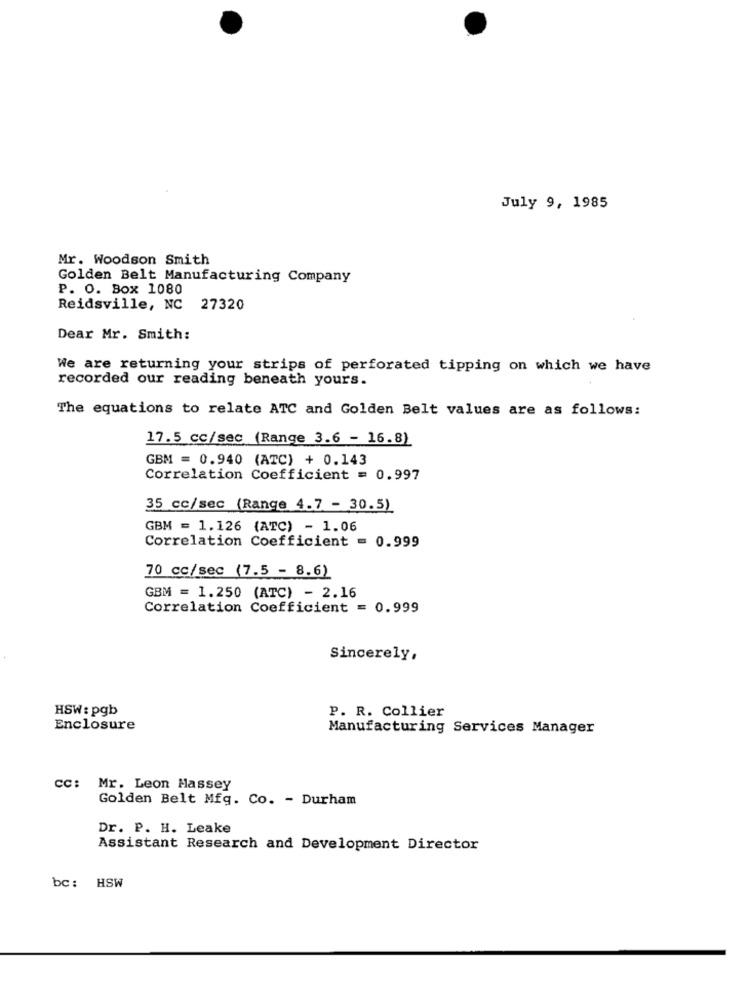
July 9, 1985
Mr. Woodson Smith
Golden Belt Manufacturing Company
P. O. Box 1080
Reidsville, NC
27320
Dear Mr. Smith:
We are returning your strips of perforated tipping on which we have
recorded our reading beneath yours.
The equations to relate ATC and Golden Belt values are as follows:
17.5 cc/sec (Range 3.6 - 16.8)
GBM = 0.940 (ATC) + 0.143
Correlation Coefficient = 0.997
35 cc/sec (Range 4.7 - 30.5)
GBM = 1.126 (ATC) - 1.06
Correlation Coefficient = 0.999
70 cc/sec (7.5 - 8.6)
GBM = 1.250 (ATC) - 2.16
Correlation Coefficient = 0.999
Sincerely,
HSW : pgb
P. R. Collier
Enclosure
Manufacturing Services Manager
cc: Mr. Leon Massey
Golden Belt Mfg. Co. - Durham
Dr. P. H. Leake
Assistant Research and Development Director
bc: HSW